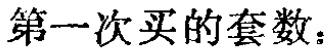
第一次买的套数：